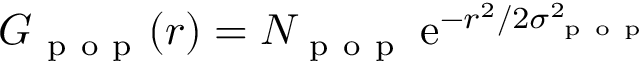
G _ { \mathrm { ~ p ~ o ~ p ~ } } ( r ) = N _ { \mathrm { ~ p ~ o ~ p ~ } } \: \mathrm { e } ^ { - r ^ { 2 } / 2 \sigma _ { \mathrm { ~ p ~ o ~ p ~ } } ^ { 2 } }